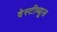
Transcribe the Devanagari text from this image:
वेस्टीब्यूल